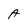
Character: A